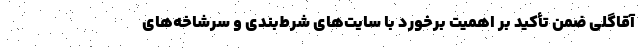
آقاگلی ضمن تأکید بر اهمیت برخورد با سایت‌های شرط‌بندی و سرشاخه‌های